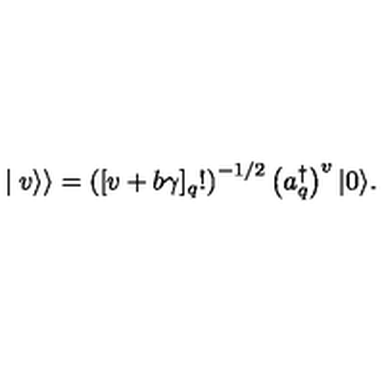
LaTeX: \mid { v } \rangle \rangle = \left( [ v + b \gamma ] _ { q } ! \right) ^ { - 1 / 2 } \left( a _ { q } ^ { \dagger } \right) ^ { v } \vert 0 \rangle .